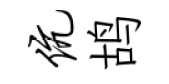
伉鸪